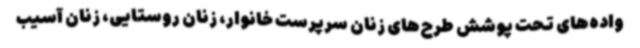
واده‌های تحت پوشش طرح‌های زنان سرپرست خانوار، زنان روستایی، زنان آسیب